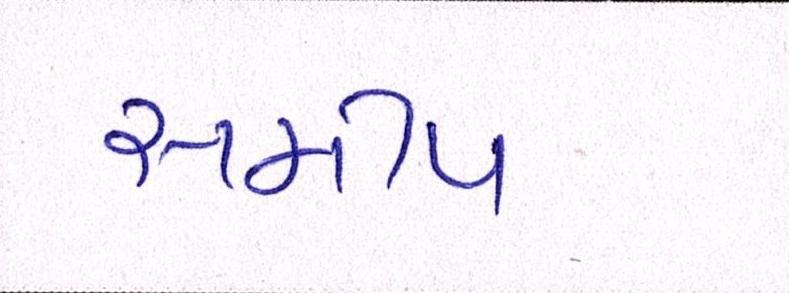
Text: સમીપ